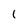
Character: I